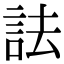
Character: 詓